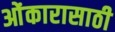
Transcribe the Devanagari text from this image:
ओंकारासाठी